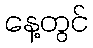
နေ့တွင်